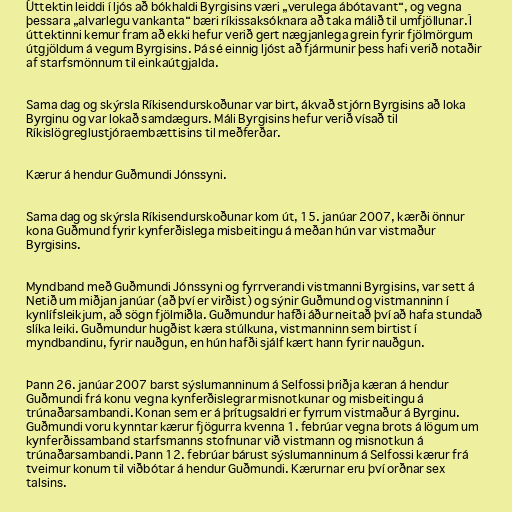
Úttektin leiddi í ljós að bókhaldi Byrgisins væri „verulega ábótavant“, og vegna
þessara „alvarlegu vankanta“ bæri ríkissaksóknara að taka málið til umfjöllunar. Í
úttektinni kemur fram að ekki hefur verið gert nægjanlega grein fyrir fjölmörgum
útgjöldum á vegum Byrgisins. Þá sé einnig ljóst að fjármunir þess hafi verið notaðir
af starfsmönnum til einkaútgjalda.

Sama dag og skýrsla Ríkisendurskoðunar var birt, ákvað stjórn Byrgisins að loka
Byrginu og var lokað samdægurs. Máli Byrgisins hefur verið vísað til
Ríkislögreglustjóraembættisins til meðferðar.

Kærur á hendur Guðmundi Jónssyni.

Sama dag og skýrsla Ríkisendurskoðunar kom út, 15. janúar 2007, kærði önnur
kona Guðmund fyrir kynferðislega misbeitingu á meðan hún var vistmaður
Byrgisins.

Myndband með Guðmundi Jónssyni og fyrrverandi vistmanni Byrgisins, var sett á
Netið um miðjan janúar (að því er virðist) og sýnir Guðmund og vistmanninn í
kynlífsleikjum, að sögn fjölmiðla. Guðmundur hafði áður neitað því að hafa stundað
slíka leiki. Guðmundur hugðist kæra stúlkuna, vistmanninn sem birtist í
myndbandinu, fyrir nauðgun, en hún hafði sjálf kært hann fyrir nauðgun.

Þann 26. janúar 2007 barst sýslumanninum á Selfossi þriðja kæran á hendur
Guðmundi frá konu vegna kynferðislegrar misnotkunar og misbeitingu á
trúnaðarsambandi. Konan sem er á þrítugsaldri er fyrrum vistmaður á Byrginu.
Guðmundi voru kynntar kærur fjögurra kvenna 1. febrúar vegna brots á lögum um
kynferðissamband starfsmanns stofnunar við vistmann og misnotkun á
trúnaðarsambandi. Þann 12. febrúar bárust sýslumanninum á Selfossi kærur frá
tveimur konum til viðbótar á hendur Guðmundi. Kærurnar eru því orðnar sex
talsins.